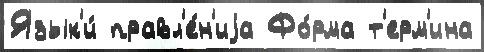
Язык'и́ правл'е́н'иjа Фо́рма т'ерм'ина